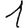
Digit: 1